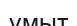
ұмыт